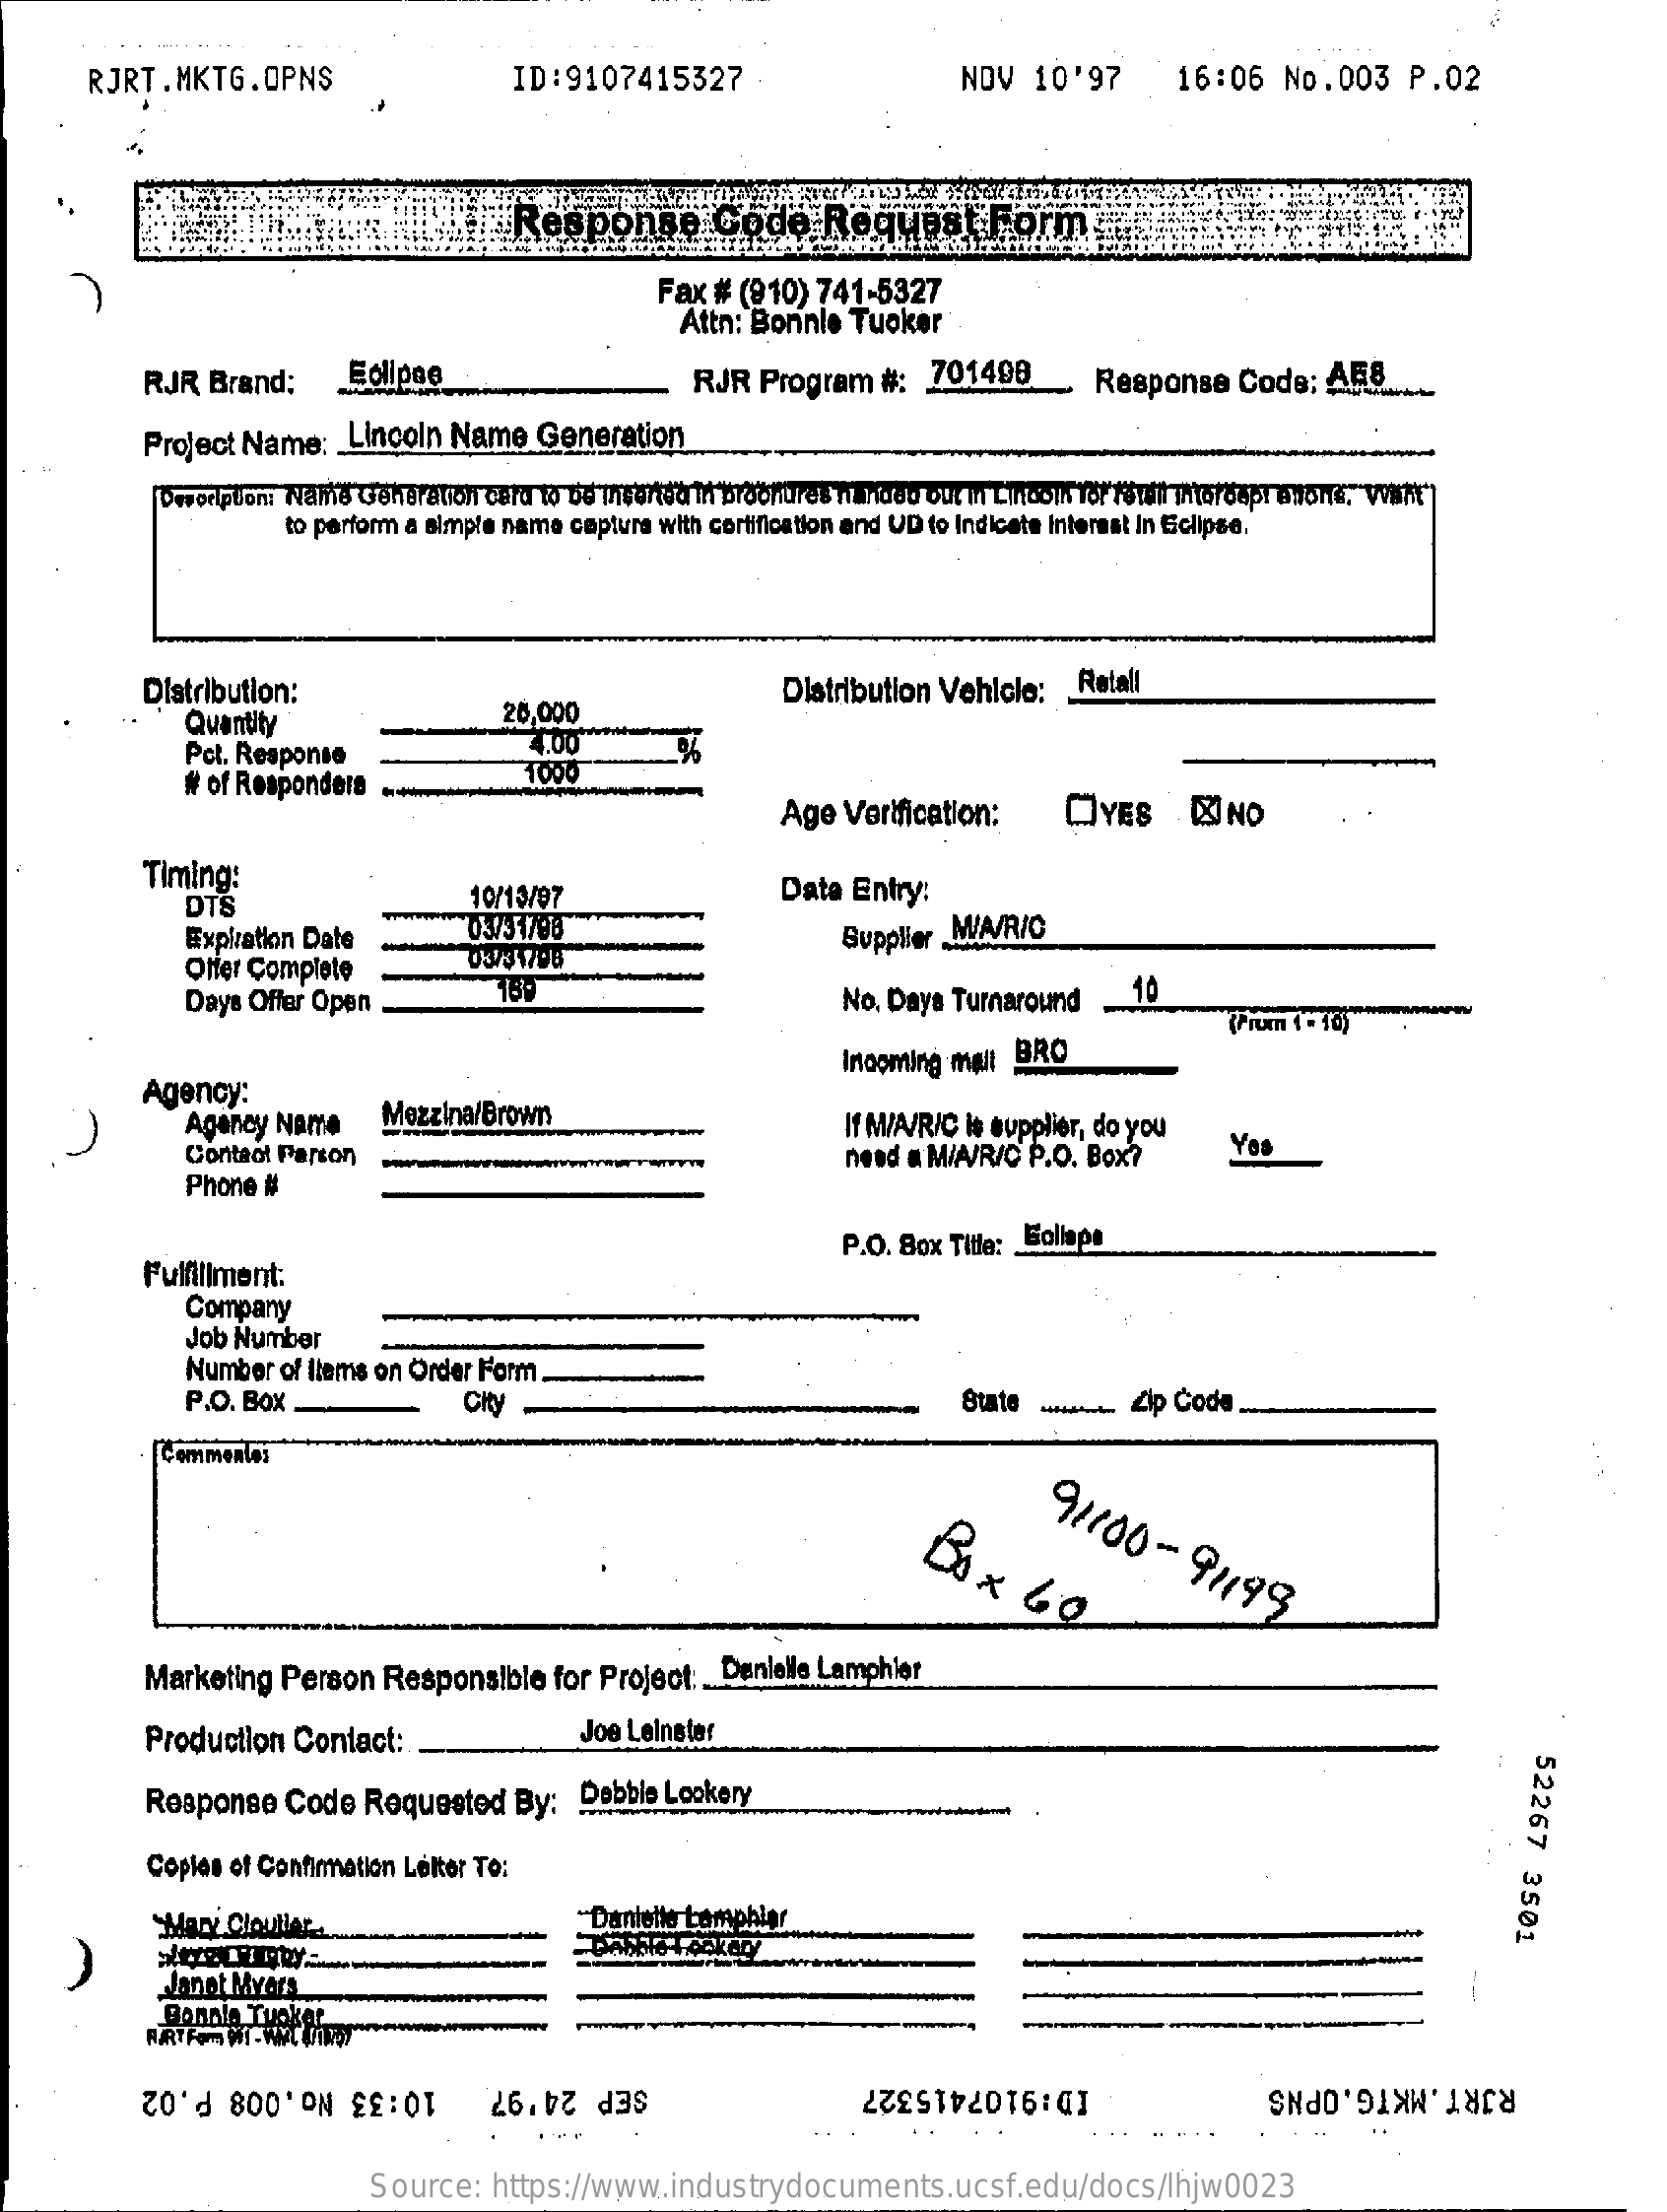
RJRT.MKTG.OPNS    ID:9107415327    NOV  10'97    16:06   No.003    P.02
     Response    Code    Request    Form
     Fax # (910) 741-5327
     Attn: Bonnle Tuoker
     RJR  Brand;    Eclipse    RJR  Program  #:   701498    Response   Code:   AF8
     Project Name:  _ Lincoln Name  Generauu ration
     Description: Name Generation cara to be inserted in brochures it nada out in Lincoln for fetsil mitorospi anons, varit"
     to perform a simple name captura with certification and UD to Indicate Interest In Eclipse.
     Distribution:    Distribution Vehicle: _ Retall
     Quantity
     25,000
     Pct. Response
     4.00
     # of Responders
     Age  Verification:    OYES    &  NO
     Timing:
     DTS    10/13/97    Data Entry:
     Expiration Date    03/31798
     Offer Complete    03/31798
     Supplier MIA/R/C
     Days Offer Open    189    No. Days Turnaround
     10
     (Prom 1 - 10)
     Agency:
     Incoming mall BRO
     Agency Name    Mezzina/Brown
     Contact Parson
     If M/A/R/C Is supplier, do you
     Phone #
     neod a MIA/R/O P.O. Box?    Yes
     Fulfillment:
     P.O. Box Title: Bollape
     Company
     Job Number
     Number of Items on Order Form.
     P.O. Box    CHY    State -    Zip Code
     ommenle:
     Box    60
     91100-
     91199
     Marketing  Person  Responsible   for Project :_ Denielle Lamphier
     Production Contact:    Joe Leinster
     52267
     3501
     Response  Code  Requested    By:  Debble Lookery
     Coples of Confirmation Letter To:
     Mary Cloutier.    Danielle Lamphier
     Janot Myers
     Bonnie Tuoke
     10:33 No.008 P.02   SEP 24'97    ID:9107415327    RJRT.MKTG.OPNS
     Source:  https://www.industrydocuments.ucsf.edu/docs/lhjw0023